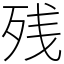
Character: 残